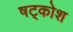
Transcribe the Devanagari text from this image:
षट्कोश